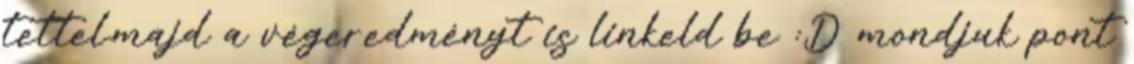
tettel.majd a végeredményt is linkeld be :D mondjuk pont